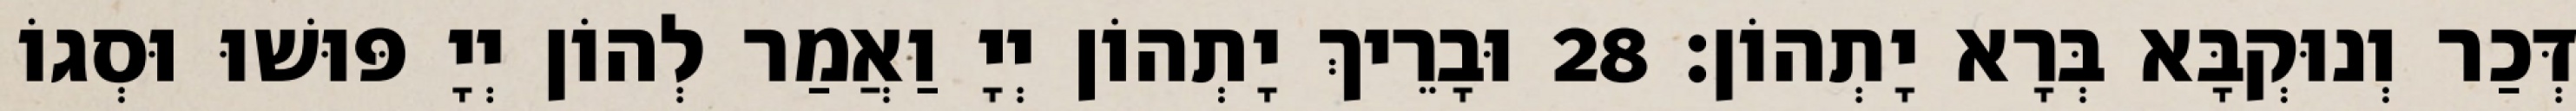
דְּכַר וְנוּקְבָּא בְּרָא יָתְהוֹן׃ 28 וּבָרֵיךְ יָתְהוֹן יְיָ וַאֲמַר לְהוֹן יְיָ פּוּשׁוּ וּסְגוֹ